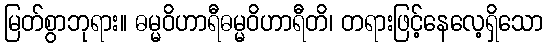
မြတ်စွာဘုရား။ ဓမ္မဝိဟာရီဓမ္မဝိဟာရီတိ၊ တရားဖြင့်နေလေ့ရှိသော